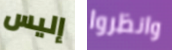
إليس وانظروا